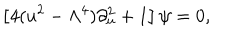
\left[ 4 ( u ^ { 2 } - \Lambda ^ { 4 } ) \partial _ { u } ^ { 2 } + 1 \right] \psi = 0 ,